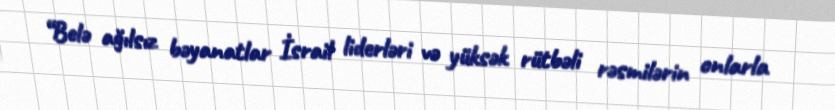
“Belə ağılsız bəyanatlar İsrail liderləri və yüksək rütbəli rəsmilərin onlarla